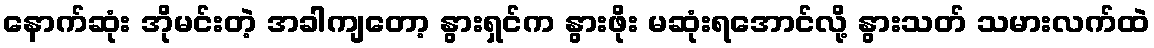
နောက်ဆုံး အိုမင်းတဲ့ အခါကျတော့ နွားရှင်က နွားဖိုး မဆုံးရအောင်လို့ နွားသတ် သမားလက်ထဲ